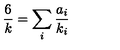
\frac 6 k = \sum _ { i } \frac { a _ { i } } { k _ { i } }